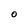
Character: 0